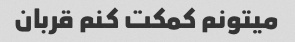
میتونم کمکت کنم قربان